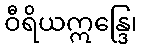
ဝီရိယဣန္ဒြေ၊